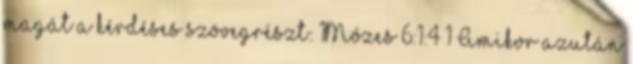
magát a kérdéses szövegrészt: 1Mózes 6:1:4 1 Amikor azután